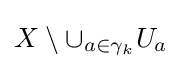
X\setminus \cup _{a\in \gamma _{k}}U_{a}